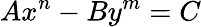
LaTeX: Ax^{n}-By^{m}=C